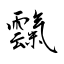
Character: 霼